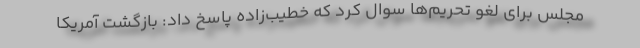
مجلس برای لغو تحریم‌ها سوال کرد که خطیب‌زاده پاسخ داد: بازگشت آمریکا